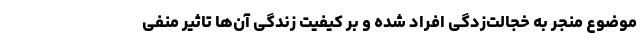
موضوع منجر به خجالت‌زدگی افراد شده و بر کیفیت زندگی آن‌ها تاثیر منفی